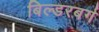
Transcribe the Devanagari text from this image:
बिल्डरबर्ग